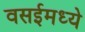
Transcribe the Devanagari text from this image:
वसईमध्ये